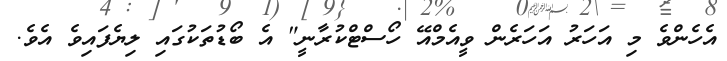
އެހެންވެ މި އަހަރު އަހަރެން ވީއެމްއޭ ހޯސްޓްކުރާނީ" އެ ބޯޑުތަކުގައި ލިޔެފައިވެ އެވެ.